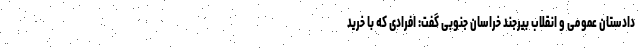
دادستان عمومی و انقلاب بیرجند خراسان جنوبی گفت: افرادی که با خرید